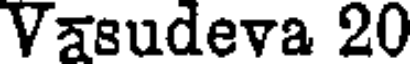
Vasudeva 20